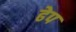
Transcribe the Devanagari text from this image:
ढेप